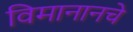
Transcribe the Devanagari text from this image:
विमानानचे